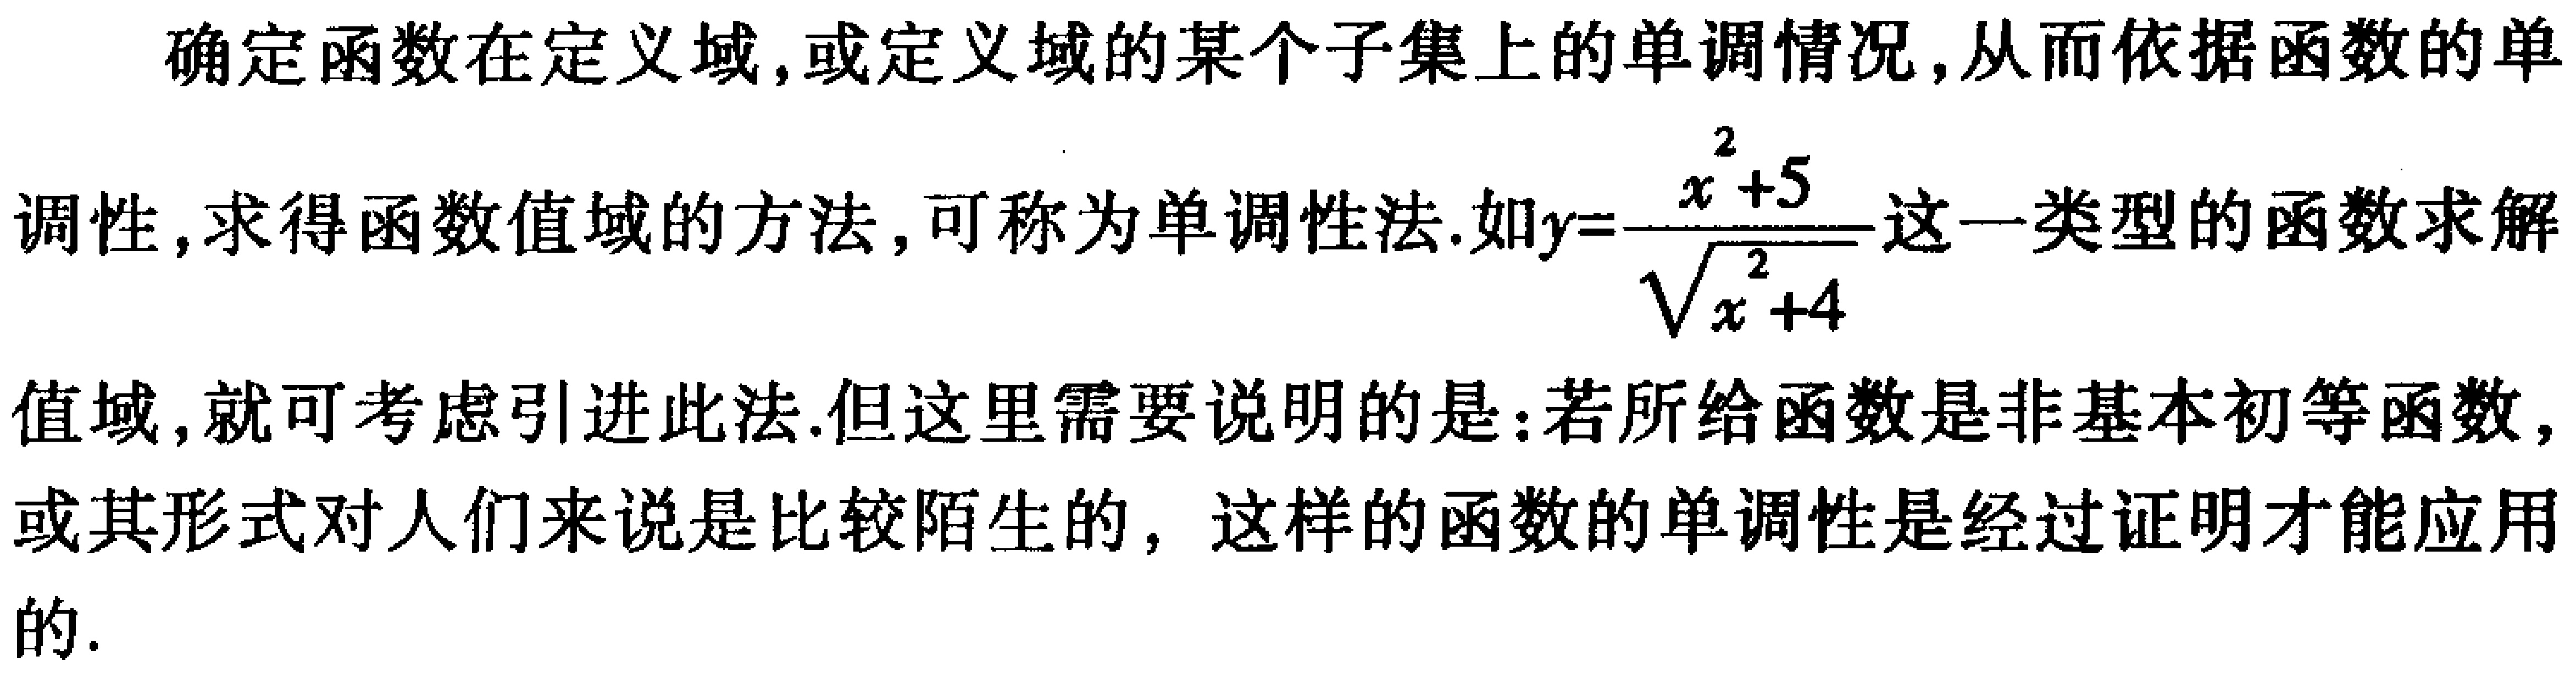
确定函数在定义域,或定义域的某个子集上的单调情况,从而依据函数的单调性,求得函数值域的方法,可称为单调性法.如\(y = \frac{x^{2}+5}{\sqrt{x^{2}+4}}\)这一类型的函数求解值域,就可考虑引进此法.但这里需要说明的是:若所给函数是非基本初等函数,或其形式对人们来说是比较陌生的, 这样的函数的单调性是经过证明才能应用的.